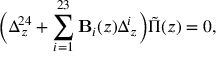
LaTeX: \biggl ( \Delta _ { z } ^ { 2 4 } + \sum _ { i = 1 } ^ { 2 3 } { \bf B } _ { i } ( z ) \Delta _ { z } ^ { i } \biggr ) \tilde { \Pi } ( z ) = 0 ,